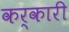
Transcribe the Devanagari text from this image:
कर्कारी